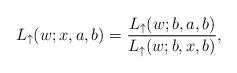
LaTeX: \begin{align*}L_{\uparrow}(w;x,a,b)=\frac{L_{\uparrow}(w;b,a,b)}{L_{\uparrow}(w;b,x,b)},\end{align*}